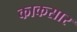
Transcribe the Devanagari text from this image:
काकसार